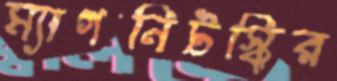
ম্যাগনিটস্কির